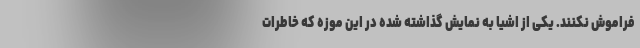
فراموش نکنند. یکی از اشیا به نمایش گذاشته شده در این موزه که خاطرات